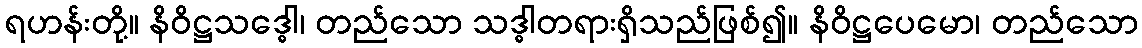
ရဟန်းတို့။ နိဝိဋ္ဌသဒ္ဓေါ၊ တည်သော သဒ္ဓါတရားရှိသည်ဖြစ်၍။ နိဝိဋ္ဌပေမော၊ တည်သော